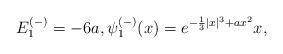
LaTeX: \begin{align*} E_1^{(-)} = - 6a, \psi_1^{(-)}(x) = e^{- \frac{1}{3} |x|^3 + ax^2} x,\end{align*}